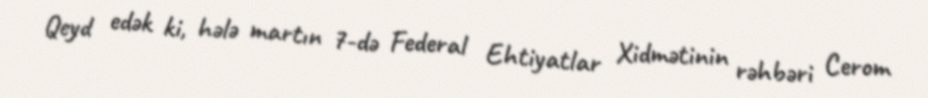
Qeyd edək ki, hələ martın 7-də Federal Ehtiyatlar Xidmətinin rəhbəri Cerom